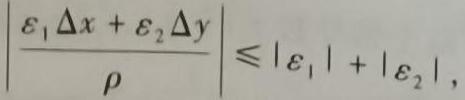
$\left|\frac{\varepsilon_{1} \Delta x+\varepsilon_{2} \Delta y}{\rho}\right| \leqslant\left|\varepsilon_{1}\right|+\left|\varepsilon_{2}\right|,$